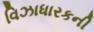
વિઝાધારકની